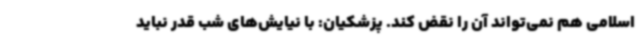
اسلامی هم نمی‌تواند آن را نقض کند. پزشکیان: با نیایش‌های شب قدر نباید